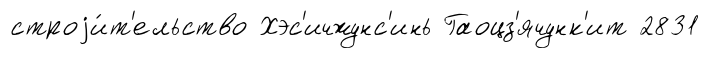
строjи́т'ельство Хэс'ичжунс'инь Гаоцз'ячунк'ит 2831